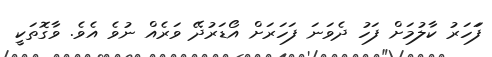
ފަަހަރު ކާލުމަށް ފަހު ދެވަނަ ފަހަރަށް އޯޑަރުދޭ ވަރެއް ނުވެ އެވެ. ވާގޮތަކީ